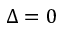
\Delta = 0